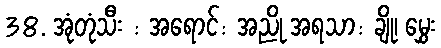
38. အုံတုံသီး : အရောင်: အညို အရသာ: ချို၊ မွှေး